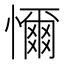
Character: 𢣚